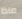
ماذا